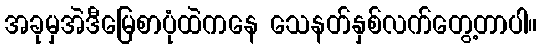
အခုမှအဲဒီမြေစာပုံထဲကနေ သေနတ်နှစ်လက်တွေ့တာပါ။